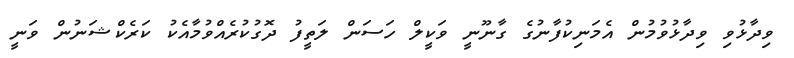
ވިދާޅުވި ވިދާޅުވުމުން އެމަނިކުފާނުގެ ގާނޫނީ ވަކީލް ހަސަން ލަތީފު ދޮގުކުރެއްވުމާއެކު ކަރެކްޝަނުން ވަނީ